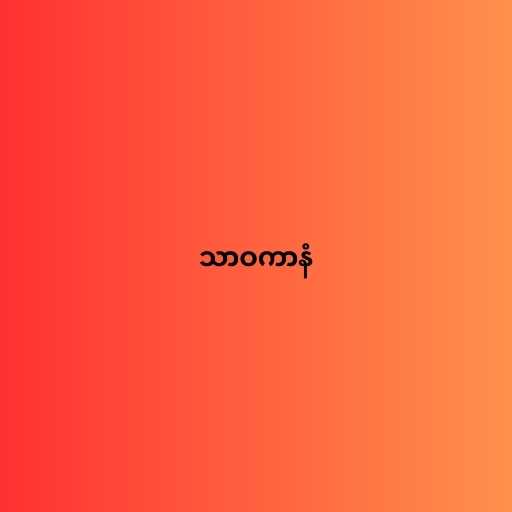
သာဝကာနံ